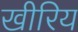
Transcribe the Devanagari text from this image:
खीरिय